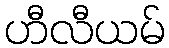
ဟီလီယမ်